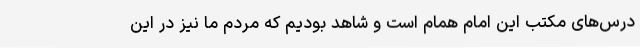
درس‌های مکتب این امام همام است و شاهد بودیم که مردم ما نیز در این